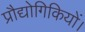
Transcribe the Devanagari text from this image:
प्रौद्योगिकियों।